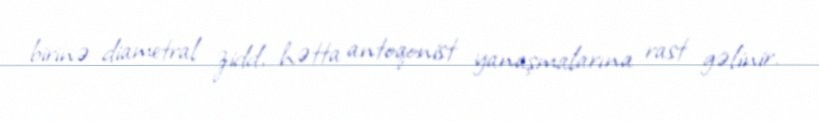
birinə diametral zidd, hətta antoqonist yanaşmalarına rast gəlinir.